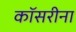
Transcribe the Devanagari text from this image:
कॉसरीना